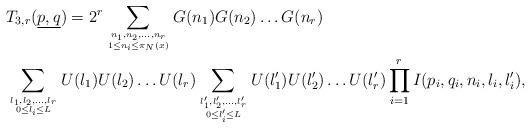
LaTeX: \begin{align*}&T_{3,r}(\underline{p,q}) = 2^r \sum_{n_1,n_2,\dots, n_r \atop {1 \leq n_i \leq \pi_N(x)}}G(n_1)G(n_2)\dots G(n_r) \\&\sum_{l_1,l_2,\dots, l_r \atop {0 \leq l_i \leq L}}U(l_1)U(l_2)\dots U(l_r) \sum_{l_1',l_2',\dots, l_r' \atop {0 \leq l_i' \leq L}}U(l_1')U(l_2')\dots U(l_r') \prod_{i=1}^r I(p_i,q_i,n_i,l_i,l_i'),\end{align*}